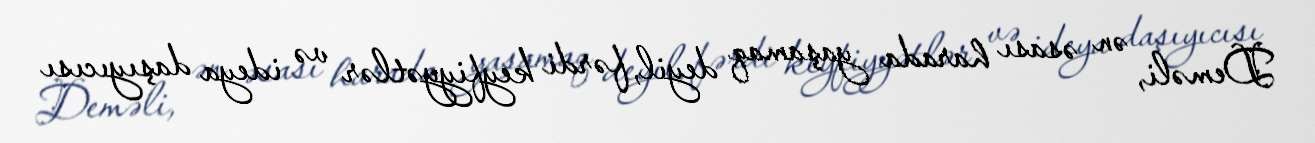
Deməli, ən əsası harada yaşamaq deyil, fərdi keyfiyyətlər və ideya daşıyıcısı